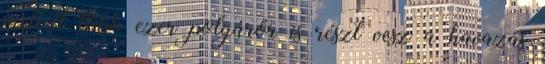
mellett több ezer polgárőr is részt vesz a havazás